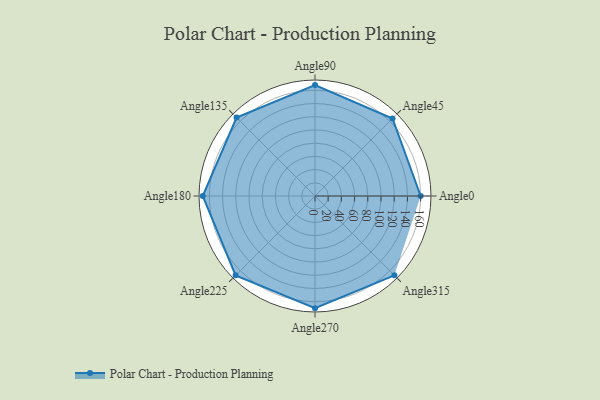
{"axis": {"x": "Angle", "y": "Radius"}, "legend": [""], "data": [{"x": "Angle0", "y": 160.0, "type": ""}, {"x": "Angle45", "y": 166.0, "type": ""}, {"x": "Angle90", "y": 168.0, "type": ""}, {"x": "Angle135", "y": 168.0, "type": ""}, {"x": "Angle180", "y": 170, "type": ""}, {"x": "Angle225", "y": 170, "type": ""}, {"x": "Angle270", "y": 170, "type": ""}, {"x": "Angle315", "y": 170, "type": ""}]}